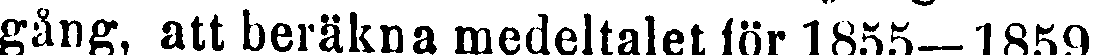
gång, att beräkna medeltalet för 1855—1859,